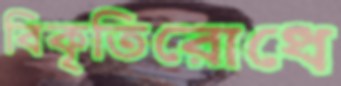
বিকৃতিরোধে